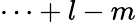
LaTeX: \cdots+l-m